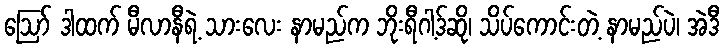
ဪ ဒါထက် မီလာနီရဲ့ သားလေး နာမည်က ဘိုးရီဂါ့ဒ်ဆို၊ သိပ်ကောင်းတဲ့ နာမည်ပဲ၊ အဲဒီ